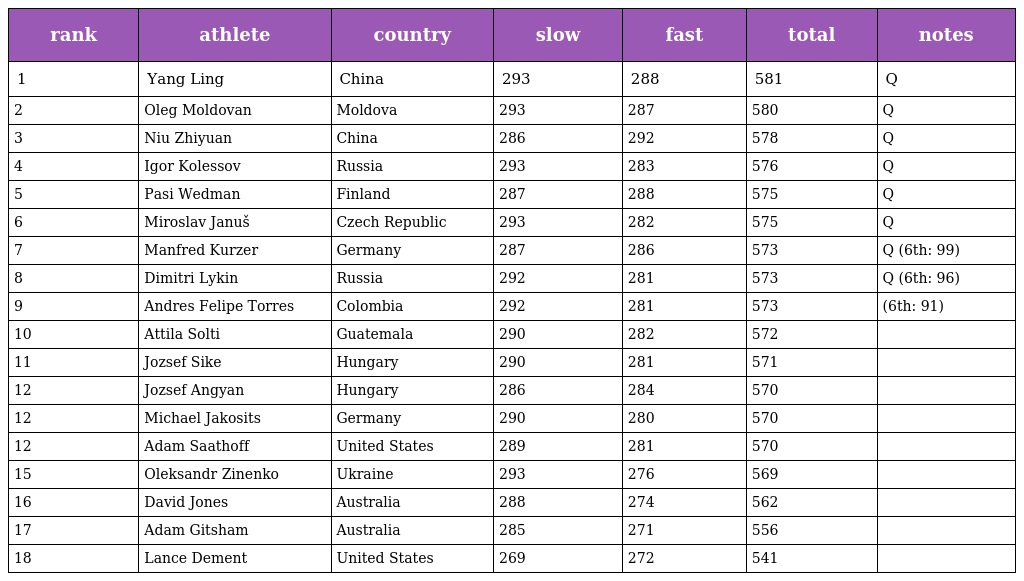
| rank | athlete | country | slow | fast | total | notes |
 | --- | --- | --- | --- | --- | --- | --- |
 | 1 | Yang Ling | China | 293 | 288 | 581 | Q |
 | 2 | Oleg Moldovan | Moldova | 293 | 287 | 580 | Q |
 | 3 | Niu Zhiyuan | China | 286 | 292 | 578 | Q |
 | 4 | Igor Kolessov | Russia | 293 | 283 | 576 | Q |
 | 5 | Pasi Wedman | Finland | 287 | 288 | 575 | Q |
 | 6 | Miroslav Januš | Czech Republic | 293 | 282 | 575 | Q |
 | 7 | Manfred Kurzer | Germany | 287 | 286 | 573 | Q (6th: 99) |
 | 8 | Dimitri Lykin | Russia | 292 | 281 | 573 | Q (6th: 96) |
 | 9 | Andres Felipe Torres | Colombia | 292 | 281 | 573 | (6th: 91) |
 | 10 | Attila Solti | Guatemala | 290 | 282 | 572 |  |
 | 11 | Jozsef Sike | Hungary | 290 | 281 | 571 |  |
 | 12 | Jozsef Angyan | Hungary | 286 | 284 | 570 |  |
 | 12 | Michael Jakosits | Germany | 290 | 280 | 570 |  |
 | 12 | Adam Saathoff | United States | 289 | 281 | 570 |  |
 | 15 | Oleksandr Zinenko | Ukraine | 293 | 276 | 569 |  |
 | 16 | David Jones | Australia | 288 | 274 | 562 |  |
 | 17 | Adam Gitsham | Australia | 285 | 271 | 556 |  |
 | 18 | Lance Dement | United States | 269 | 272 | 541 |  |